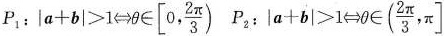
$$P_{1}:|a+b|>1 \Leftrightarrow \theta \in\left[0, \frac{2 \pi}{3}\right)$$ $$P_{2}:|a+b|>1 \Leftrightarrow \theta \in\left(\frac{2 \pi}{3}, \pi\right]$$